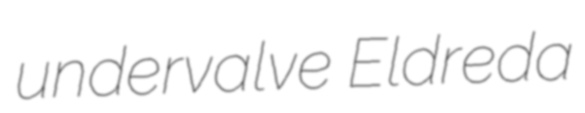
undervalve Eldreda